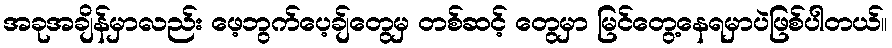
အခုအချိန်မှာလည်း ဖေ့ဘွက်ပေ့ချ်တွေမှ တစ်ဆင့် တွေမှာ မြင်တွေ့နေရမှာပဲဖြစ်ပါတယ်။